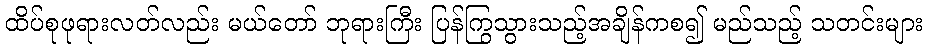
ထိပ်စုဖုရားလတ်လည်း မယ်တော် ဘုရားကြီး ပြန်ကြွသွားသည့်အချိန်ကစ၍ မည်သည့် သတင်းများ